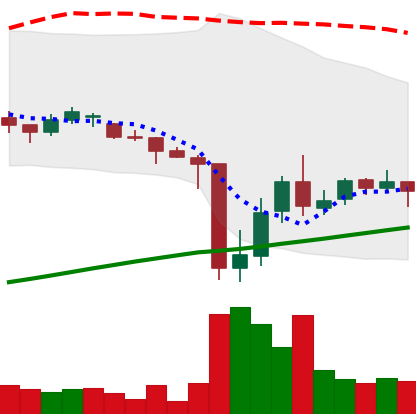
Ticker: DOGE-USD
Chart end date: 2021-06-30
Forward return: -8.891%
Label: down_7plus